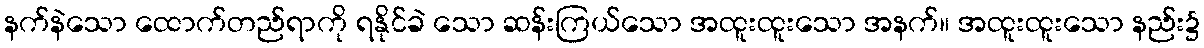
နက်နဲသော ထောက်တည်ရာကို ရနိုင်ခဲ သော ဆန်းကြယ်သော အထူးထူးသော အနက်။ အထူးထူးသော နည်း၌